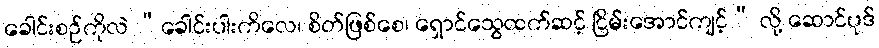
ခေါင်းစဉ်ကိုလဲ “ခေါင်းပါးကိလေ၊ စိတ်ဖြစ်စေ၊ ရှောင်သွေထက်ဆင့် ငြိမ်းအောင်ကျင့်” လို့ ဆောင်ပုဒ်